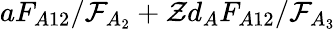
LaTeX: aF_{A12}/\mathcal{F}_{A_{2}}+\mathcal{Z}d_{A}F_{A12}/\mathcal{F}_{A_{3}}